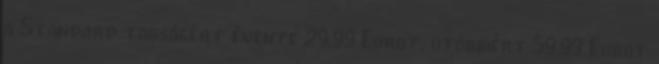
a Standard tagságért évente 29,99 Eurot, utóbbiért 59,99 Eurot